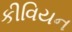
કીવિયન